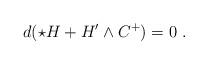
LaTeX: \begin{align*}d(\star H + H'\wedge C^+)=0\ .\end{align*}